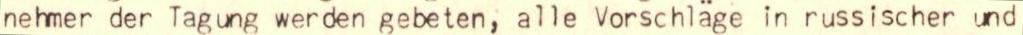
nehmer der Tagung werden gebeten, alle Vorschläge in russischer und